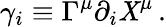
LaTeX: \gamma_{i}\equiv\Gamma^{\mu}\partial_{i}\mathit{X}^{\mu}\, .